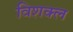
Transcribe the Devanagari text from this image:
विशक्ल